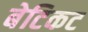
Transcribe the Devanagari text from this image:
बेटिकट